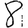
Digit: 8